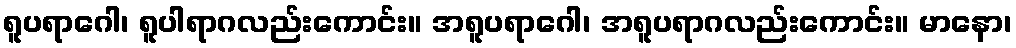
ရူပရာဂေါ၊ ရူပါရာဂလည်းကောင်း။ အရူပရာဂေါ၊ အရူပရာဂလည်းကောင်း။ မာနော၊